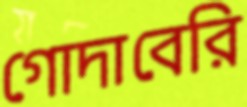
গোদাবেরি